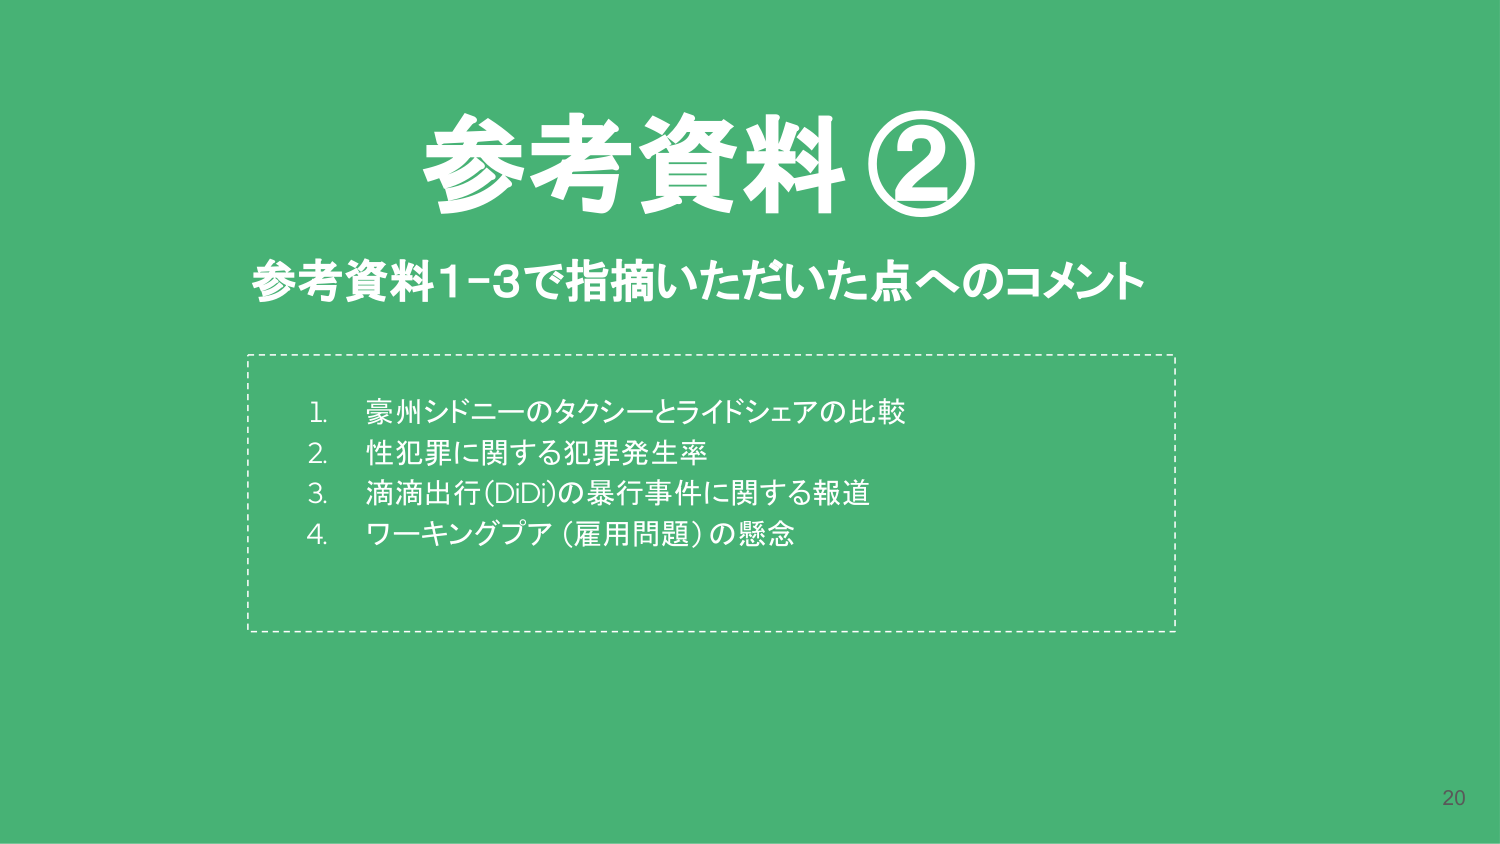
参考資料②
参考資料1-3で指摘いただいた点へのコメント

1. 豪州シドニーのタクシーとライドシェアの比較
2. 性犯罪に関する犯罪発生率
3. 滴滴出行(DiDi)の暴行事件に関する報道
4. ワーキングプア（雇用問題）の懸念

20